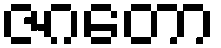
ဇဂတော